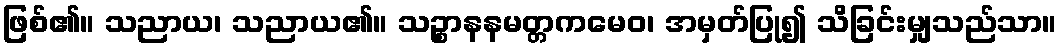
ဖြစ်၏။ သညာယ၊ သညာယ၏။ သဉ္စာနနမတ္တကမေဝ၊ အမှတ်ပြု၍ သိခြင်းမျှသည်သာ။